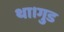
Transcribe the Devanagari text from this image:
था।गुड